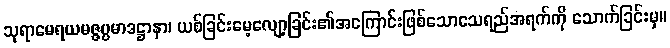
သုရာမေရယမဇ္ဇပ္ပမာဒဋ္ဌာနာ၊ ယစ်ခြင်းမေ့လျော့ခြင်း၏အကြောင်းဖြစ်သောသေရည်အရက်ကို သောက်ခြင်းမှ။